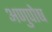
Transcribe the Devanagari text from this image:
अणुपोष